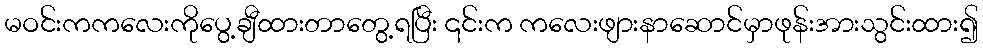
မဝင်းကကလေးကိုပွေ့ချီထားတာတွေ့ရပြီး ၎င်းက ကလေးဖျားနာဆောင်မှာဖုန်းအားသွင်းထား၍